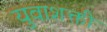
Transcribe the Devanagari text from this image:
युवाशक्ती